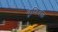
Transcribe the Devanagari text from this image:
बुध्दिबळ